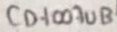
Text: CD4007UB